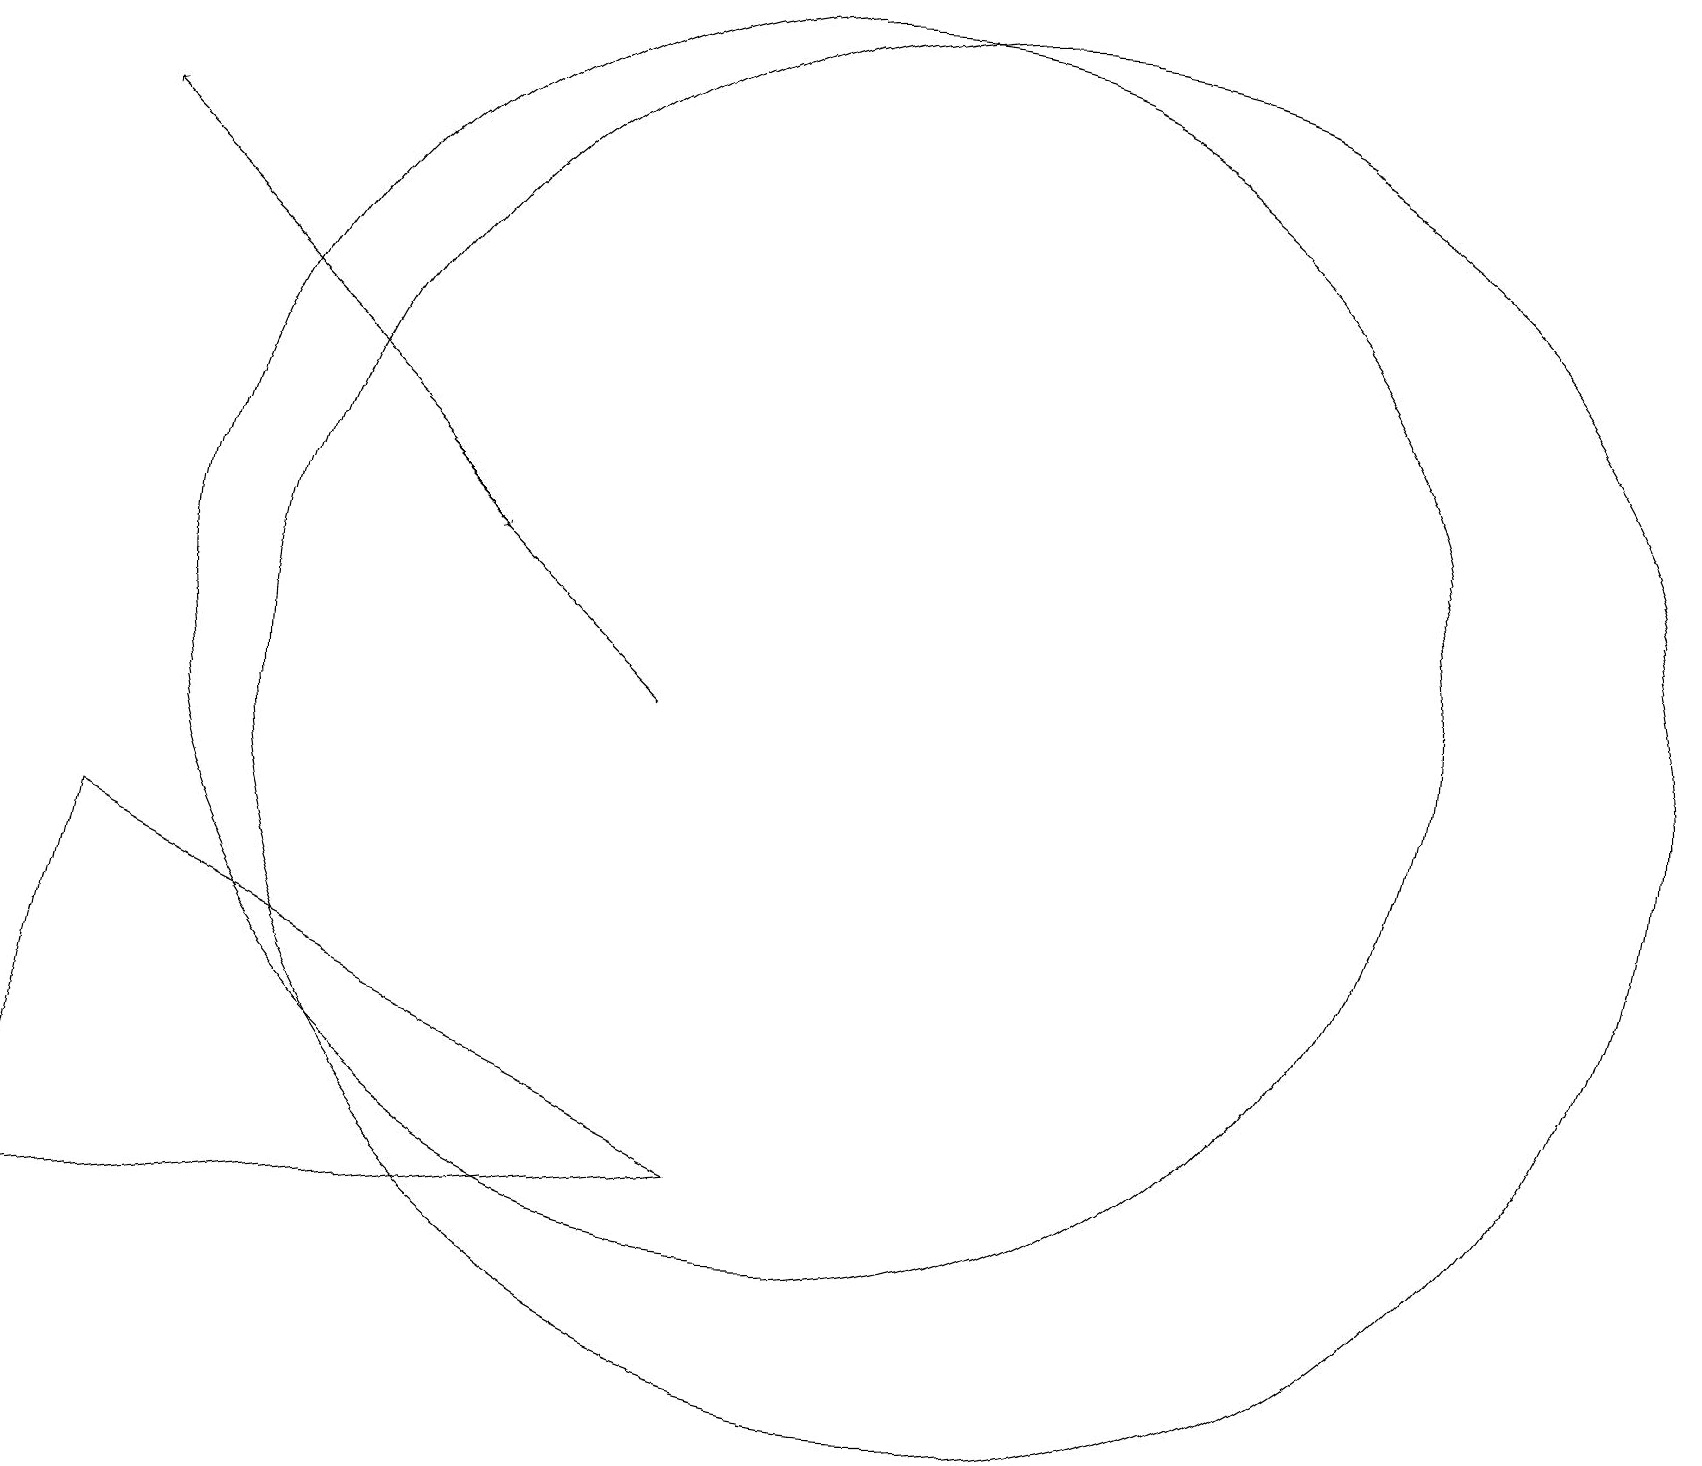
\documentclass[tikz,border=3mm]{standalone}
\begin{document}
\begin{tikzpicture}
\draw[->] (5,13) -- (6,12);
\draw (6,19) rectangle (5,19);
\draw (12,10) circle (9);
\draw[->] (8,10) -- (1,17);
\draw (10,11) circle (8);
\draw (9,4) -- (1,8) -- (0,3) -- cycle;
\draw (10,11) circle (0);
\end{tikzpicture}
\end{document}